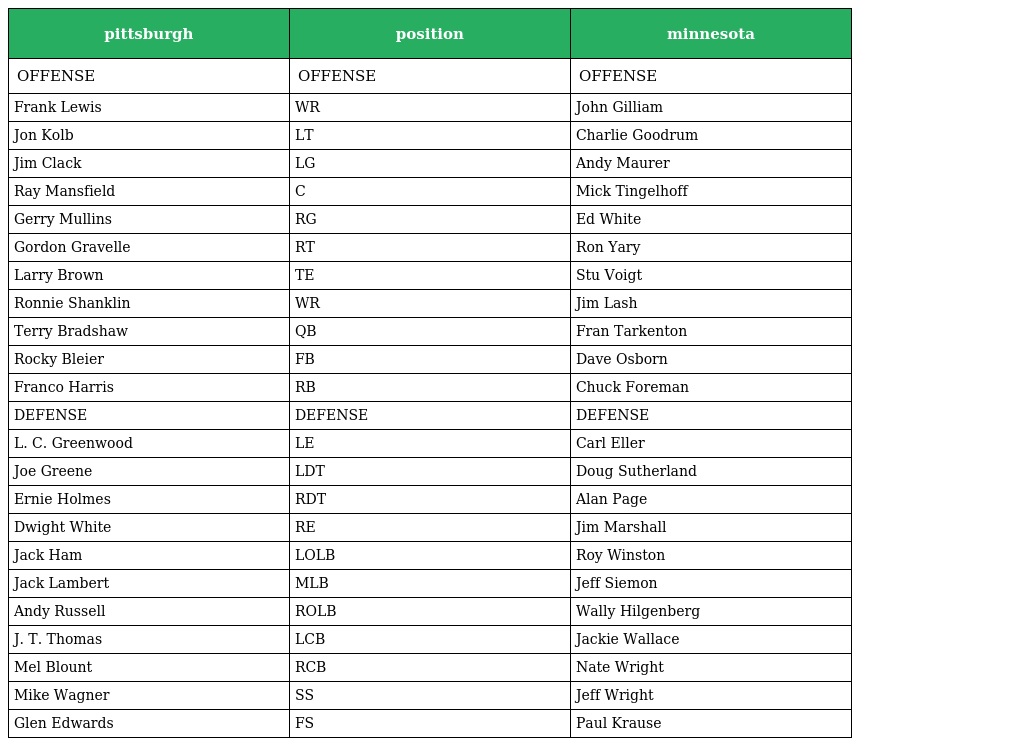
| pittsburgh | position | minnesota |
 | --- | --- | --- |
 | OFFENSE | OFFENSE | OFFENSE |
 | Frank Lewis | WR | John Gilliam |
 | Jon Kolb | LT | Charlie Goodrum |
 | Jim Clack | LG | Andy Maurer |
 | Ray Mansfield | C | Mick Tingelhoff |
 | Gerry Mullins | RG | Ed White |
 | Gordon Gravelle | RT | Ron Yary |
 | Larry Brown | TE | Stu Voigt |
 | Ronnie Shanklin | WR | Jim Lash |
 | Terry Bradshaw | QB | Fran Tarkenton |
 | Rocky Bleier | FB | Dave Osborn |
 | Franco Harris | RB | Chuck Foreman |
 | DEFENSE | DEFENSE | DEFENSE |
 | L. C. Greenwood | LE | Carl Eller |
 | Joe Greene | LDT | Doug Sutherland |
 | Ernie Holmes | RDT | Alan Page |
 | Dwight White | RE | Jim Marshall |
 | Jack Ham | LOLB | Roy Winston |
 | Jack Lambert | MLB | Jeff Siemon |
 | Andy Russell | ROLB | Wally Hilgenberg |
 | J. T. Thomas | LCB | Jackie Wallace |
 | Mel Blount | RCB | Nate Wright |
 | Mike Wagner | SS | Jeff Wright |
 | Glen Edwards | FS | Paul Krause |